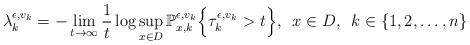
LaTeX: \begin{align*}\lambda_{k}^{\epsilon, v_k} = -\lim_{t \rightarrow \infty} \frac{1}{t} \log \sup_{x \in D} \mathbb{P}_{x, k}^{\epsilon, v_k} \Bigl \{\tau_{k}^{\epsilon, v_k} > t \Bigr\}, \,\,\, x \in D, \,\,\, k \in \{1,2, \ldots, n\} \end{align*}